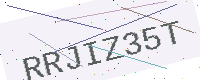
Text: RRJIZ35T